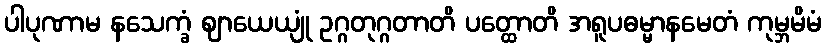
ပါပုဏာမ နသေက္ခံ ဈာယေယျုံ ဥဂ္ဂတုဂ္ဂတာတိ ပတ္ထောတိ အရူပဓမ္မာနမေတံ ကုမ္ဘမိမံ